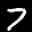
Label: 7